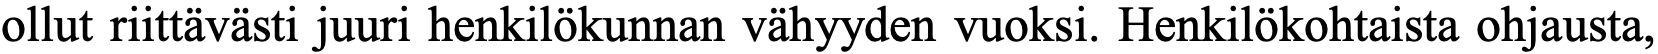
ollut riittävästi juuri henkilökunnan vähyyden vuoksi. Henkilökohtaista ohjausta,